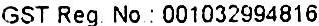
GST REG NO : 001032994816